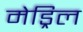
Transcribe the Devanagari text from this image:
मेड्रिल